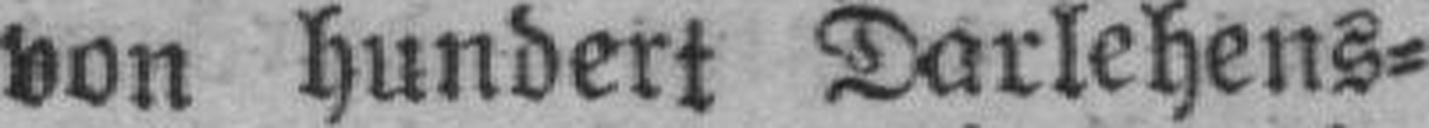
von hundert Darlehens¬